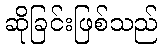
ဆိုခြင်းဖြစ်သည်